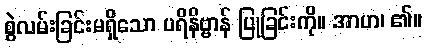
စွဲလမ်းခြင်းမရှိသော ပရိနိဗ္ဗာန် ပြုခြင်းကို။ အာဟ၊ ၏။